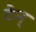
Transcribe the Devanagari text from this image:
टेन्